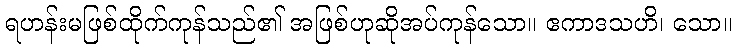
ရဟန်းမဖြစ်ထိုက်ကုန်သည်၏ အဖြစ်ဟုဆိုအပ်ကုန်သော။ ဧကာဒသဟိ၊ သော။